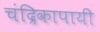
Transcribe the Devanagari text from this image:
चंद्रिकापायी